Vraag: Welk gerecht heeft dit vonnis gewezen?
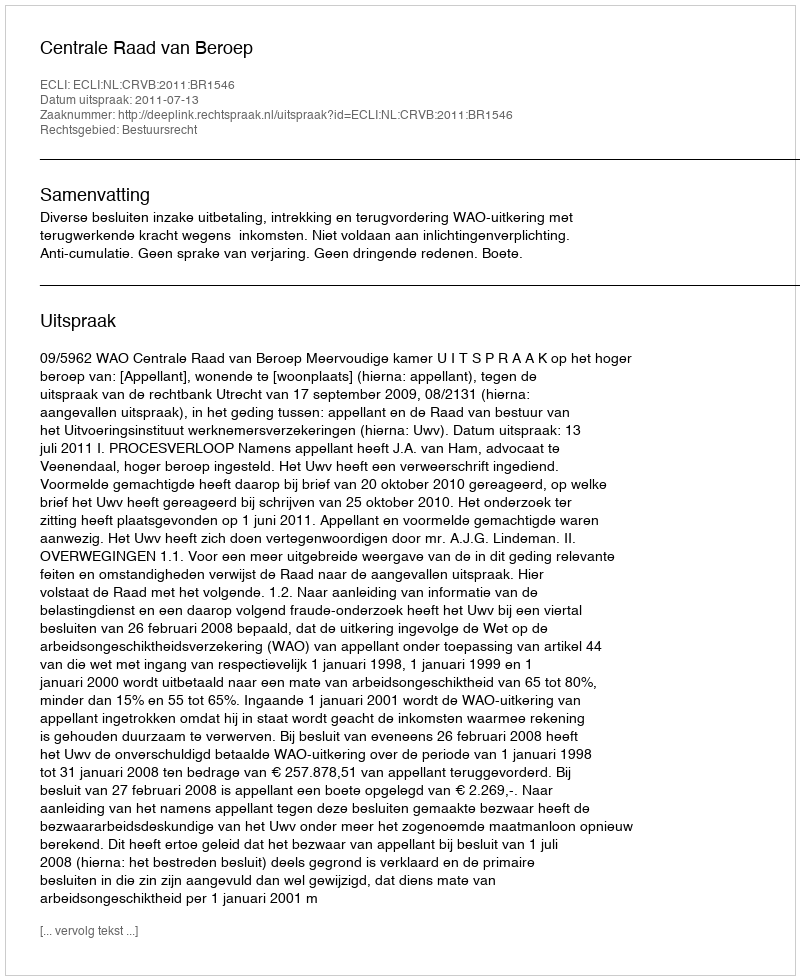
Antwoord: Centrale Raad van Beroep